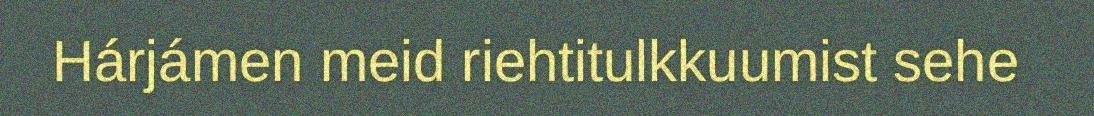
Hárjámen meid riehtitulkkuumist sehe